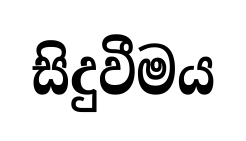
සිදුවීමය